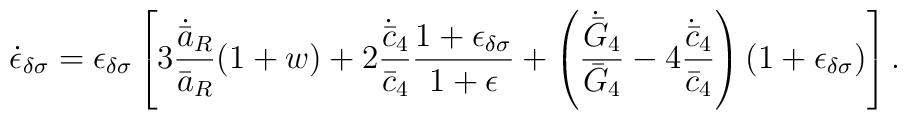
\dot{\epsilon}_{\delta\sigma}=\epsilon_{\delta\sigma}\left[3{\dot{\bar{a}}_R\over\bar{a}_R}(1+w)+2{\dot{\bar{c}}_4\over\bar{c}_4}{{1+\epsilon_{\delta\sigma}}\over{1+\epsilon}}+\left({\dot{\bar{G}}_4\over\bar{G}_4}-4{\dot{\bar{c}}_4\over\bar{c}_4}\right)(1+\epsilon_{\delta\sigma})\right].